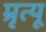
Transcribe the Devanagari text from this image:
म्रृत्यू